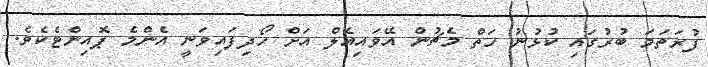
ފުރަތަމަ ބުރުގައި ކުޅުނު ހަތް މެޗުން އޭވައިއެލް އަށް ހޯދިފައިވަނީ އެންމެ ޕޮއިންޓެކެވެ.